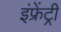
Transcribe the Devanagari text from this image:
इंफ्रेंट्री